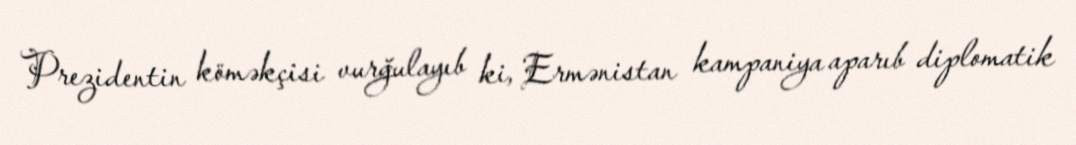
Prezidentin köməkçisi vurğulayıb ki, Ermənistan kampaniya aparıb diplomatik